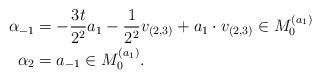
LaTeX: \begin{align*}\alpha_{-1} &= -\frac{3t}{2^2}a_1 - \frac{1}{2^2} v_{(2,3)} + a_1 \cdot v_{(2,3)} \in M_0^{(a_1)} \\\alpha_2 &= a_{-1} \in M_0^{(a_1)}.\end{align*}